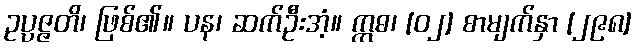
ဥပ္ပဇ္ဇတိ၊ ဖြစ်၏။ ပန၊ ဆက်ဦးအံ့။ ဣဓ၊ [၀၂] စာမျက်နှာ [၂၉၈]